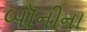
બૉનીના